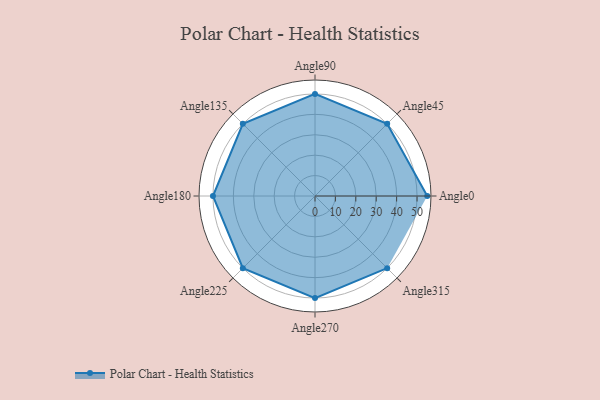
{"axis": {"x": "Angle", "y": "Radius"}, "legend": [""], "data": [{"x": "Angle0", "y": 55.0, "type": ""}, {"x": "Angle45", "y": 50, "type": ""}, {"x": "Angle90", "y": 50, "type": ""}, {"x": "Angle135", "y": 50, "type": ""}, {"x": "Angle180", "y": 50, "type": ""}, {"x": "Angle225", "y": 50, "type": ""}, {"x": "Angle270", "y": 50, "type": ""}, {"x": "Angle315", "y": 50, "type": ""}]}